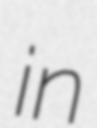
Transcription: in